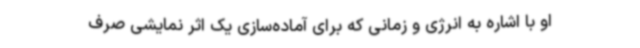
او با اشاره به انرژی و زمانی که برای آماده‌سازی یک اثر نمایشی صرف